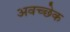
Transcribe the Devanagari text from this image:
अवच्छेक